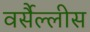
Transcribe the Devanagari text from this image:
वर्सैल्लीस